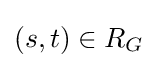
(s,t)\in R_{G}